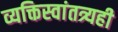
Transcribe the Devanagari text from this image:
व्यक्तिस्वांतत्र्यही